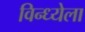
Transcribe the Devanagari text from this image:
विन्ध्येला